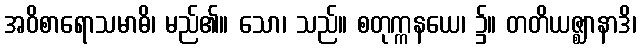
အဝိစာရောသမာဓိ၊ မည်၏။ သော၊ သည်။ စတုက္ကနယေ၊ ၌။ တတိယဇ္ဈာနာဒိ၊